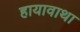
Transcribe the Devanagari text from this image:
हायावाथा